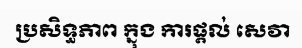
ប្រសិទ្ធភាព ក្នុង ការផ្តល់ សេវា